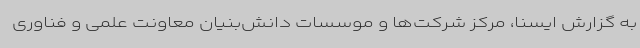
به گزارش ایسنا، مرکز شرکت‌ها و موسسات دانش‌بنیان معاونت علمی و فناوری